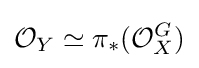
{\mathcal {O}}_{Y}\simeq \pi _{*}({\mathcal {O}}_{X}^{G})